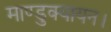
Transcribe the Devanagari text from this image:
माण्डुक्यायन।